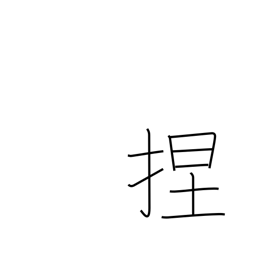
Meaning: knead